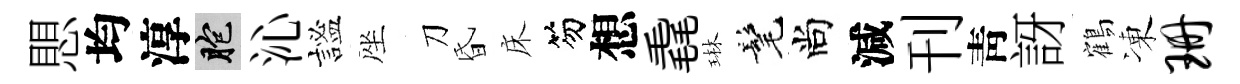
愳均淳胞沁謐座刀昏床笏想毳琳髦尚減刊靑訝鶴凍珊